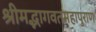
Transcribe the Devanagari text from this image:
श्रीमद्भागवतमहापुराण